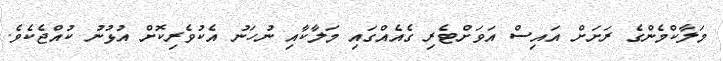
މަލާކްމެންގެ ރަށަށް އައިސް އަވަށްޓެރި ގެއެއްގައި މަލާކާއި ނުހަނު އެކުވެރިކޮށް އުޅުނު ކުއްޖެކެވެ.